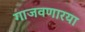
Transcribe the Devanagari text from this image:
गाजवणारया